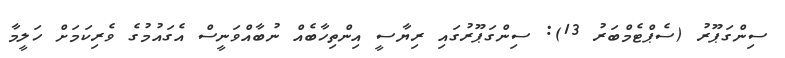
ސިންގަޕޫރު (ސެޕްޓެމްބަރު 13): ސިންގަޕޫރުގައި ރިޔާސީ އިންތިހާބެއް ނުބާއްވަނީސް އެގައުމުގެ ވެރިކަމަށް ހަލީމާ